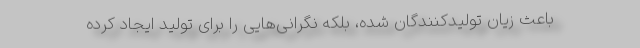
باعث زیان تولیدکنندگان شده، بلکه نگرانی‌هایی را برای تولید ایجاد کرده